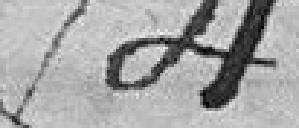
4e